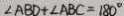
\angle A B D + \angle A B C = 1 8 0 ^ { \circ }